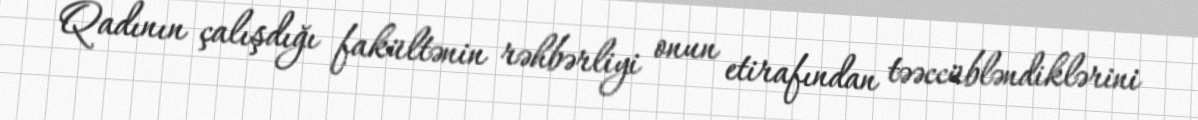
Qadının çalışdığı fakültənin rəhbərliyi onun etirafından təəccübləndiklərini